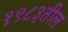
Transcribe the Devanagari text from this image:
१९८३तील